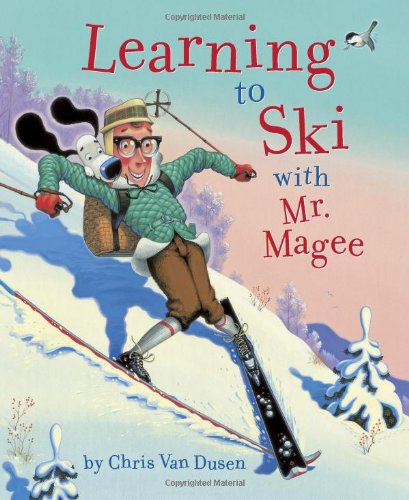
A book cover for Learning to Ski with Mr. Magee; Chris Van Dusen; Children's Books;